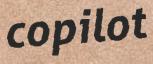
copilot